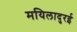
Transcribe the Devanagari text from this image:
मयिलादुरई